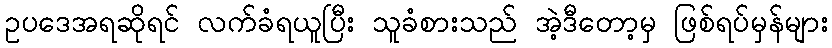
ဥပဒေအရဆိုရင် လက်ခံရယူပြီး သူခံစားသည် အဲ့ဒီတော့မှ ဖြစ်ရပ်မှန်များ